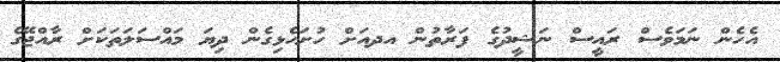
އެހެން ނަމަވެސް ރައީސް ނަޝީދުގެ ފަރާތުން އދއަށް ހުށަހެޅިގެން ދިޔަ މައްސަލަތަކަށް ރާއްޖޭގެ